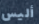
أليس